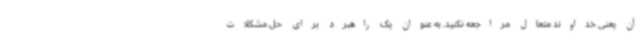
آن یعنی خداوند متعال مراجعه نکنید. به عنوان یک راهبرد برای حل مشکلات